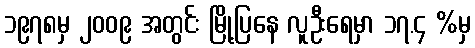
၁၉၇၈မှ ၂၀၀၉ အတွင်း မြို့ပြနေ လူဦးရေမှာ ၁၇.၄ %မှ